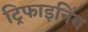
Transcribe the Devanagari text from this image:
ट्रिफाइनिंग